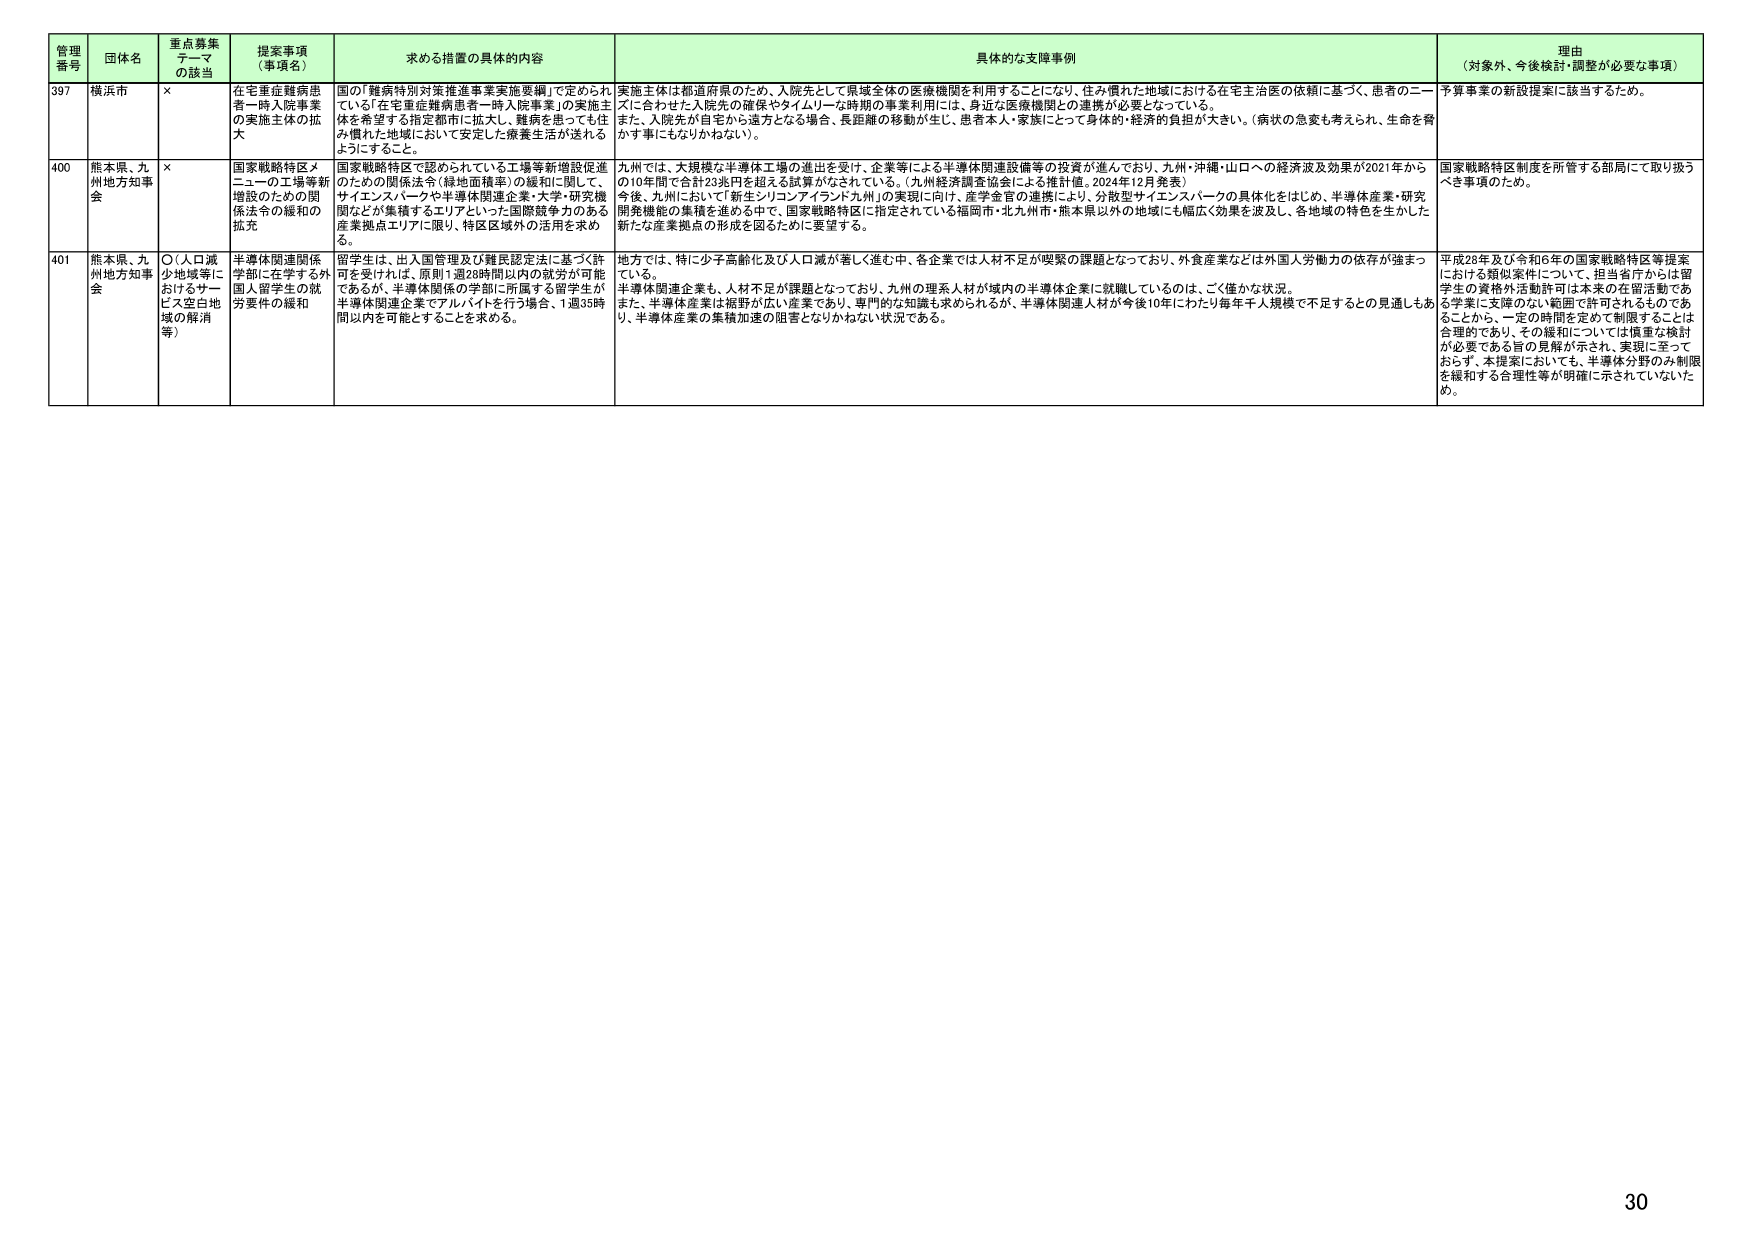
管理番号	団体名	重点募集テーマ（該当）	提案事項（事項名）	求める措置の具体的内容	具体的な支援事例	理由（対象外、今後検討・調整が必要な事項）
397	横浜市	×	在宅重症難病患者一時入院事業の実施主体の拡大	国の「難病特別対策推進事業実施要綱」で定められている「在宅重症難病患者一時入院事業」の実施主体を希望する指定都市に拡大し、難病を患っても住み慣れた地域において安定した療養生活が送れるようにすること。	実施主体は都道府県のため、入院先として県域全体の医療機関を利用することになり、住み慣れた地域における在宅主治医の依頼に基づく、患者のニーズに合わせた入院先の確保やタイムリーな時期の事業利用には、身近な医療機関との連携が必要となっている。また、入院先が自宅から遠方となる場合、長距離の移動が生じ、患者本人・家族にとって身体的・経済的負担が大きい。（病状の急変も考えられ、生命を脅かす事にもなりかねない）。	予算事業の新設提案に該当するため。
400	熊本県、九州地方知事会	×	国家戦略特区メニューの工場等新増設のための関係法令の緩和の拡充	国家戦略特区で認められている工場等新増設促進のための関係法令（緑地面積率）の緩和に関して、サイエンスパークや半導体関連企業・大学・研究機関などが集積するエリアといった国際競争力のある産業拠点エリアに限り、特区区域外の活用を求める。	九州では、大規模な半導体工場の進出を受け、企業等による半導体関連設備等の投資が進んでおり、九州・沖縄・山口への経済波及効果が2021年から10年間で合計23兆円を超える試算がなされている。（九州経済調査協会による推計値。2024年12月発表）今後、九州において「新生シリコンアイランド九州」の実現に向け、産学金官の連携により、分散型サイエンスパークの具体化をはじめ、半導体産業・研究開発機能の集積を進める中で、国家戦略特区に指定されている福岡市・北九州市・熊本県以外の地域にも幅広く効果を波及し、各地域の特色を生かした新たな産業拠点の形成を図るために要望する。	国家戦略特区制度を所管する部局にて取り扱うべき事項のため。
401	熊本県、九州地方知事会	○（人口減少地域等におけるサービス空白地域の解消等）	半導体関連関係学部に在学する外国人留学生の就労要件の緩和	留学生は、出入国管理及び難民認定法に基づく許可を受ければ、原則1週28時間以内の就労が可能であるが、半導体関係の学部に所属する留学生が半導体関連企業でアルバイトを行う場合、1週35時間以内を可能とすることを求める。	地方では、特に少子高齢化及び人口減が著しく進む中、各企業では人材不足が喫緊の課題となっており、外食産業などは外国人労働力の依存が強まっている。半導体関連企業も、人材不足が課題となっており、九州の理系人材が域内の半導体企業に就職しているのは、ごく僅かな状況。また、半導体産業は裾野が広い産業であり、専門的な知識も求められるが、半導体関連人材が今後10年にわたり毎年千人規模で不足するとの見通しもあり、半導体産業の集積加速の阻害となりかねない状況である。	平成28年及び令和6年の国家戦略特区等提案における類似案件について、担当省庁からは留学生の資格外活動許可は本来の在留活動である学業に支障のない範囲で許可されるものであることから、一定の時間を定めて制限することは合理的であり、その緩和については慎重な検討が必要である旨の見解が示され、実現に至っておらず、本提案においても、半導体分野のみ制限を緩和する合理性等が明確に示されていないため。
30